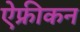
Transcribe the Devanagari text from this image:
ऐफ्रीकन